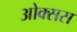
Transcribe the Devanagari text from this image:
ओक्सस